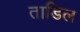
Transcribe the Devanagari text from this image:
ताडिल